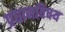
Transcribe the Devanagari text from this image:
प्रधानविषय